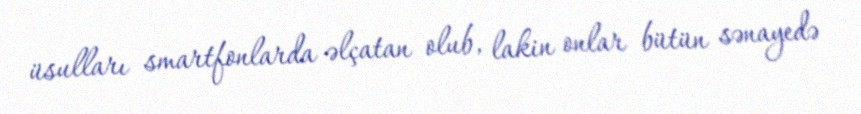
üsulları smartfonlarda əlçatan olub, lakin onlar bütün sənayedə